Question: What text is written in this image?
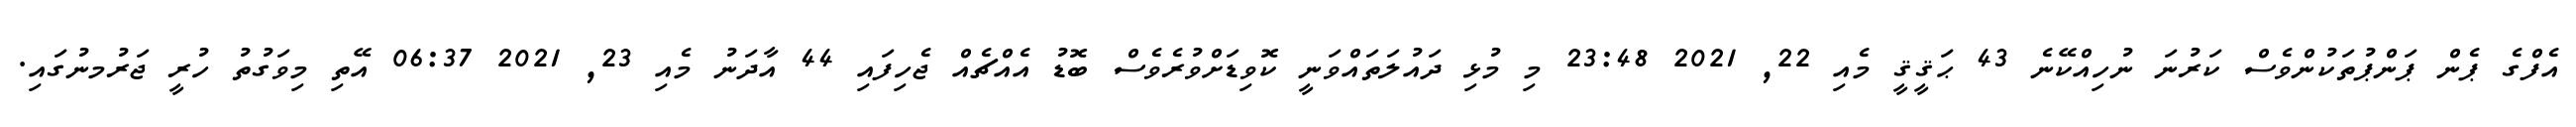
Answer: އެފްގެ ޕެން ޕަންޕުތަކުންވެސް ކަރުނަ ނުހިއްކޭނެ 43 ޙަޤީޤީ މެއި 22, 2021 23:48 މި މުޅި ދައުލަތައްވަނީ ކޮވިޑަށްވުރެވެސް ބޮޑު އެއްޗެއް ޖެހިފައި 44 އާދަނު މެއި 23, 2021 06:37 އޭތި މިވަގުތު ހުރީ ޖަރުމނުގައި.